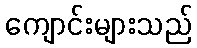
ကျောင်းများသည်